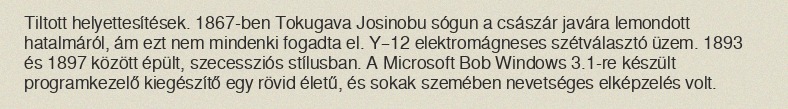
Tiltott helyettesítések. 1867-ben Tokugava Josinobu sógun a császár javára lemondott hatalmáról, ám ezt nem mindenki fogadta el. Y–12 elektromágneses szétválasztó üzem. 1893 és 1897 között épült, szecessziós stílusban. A Microsoft Bob Windows 3.1-re készült programkezelő kiegészítő egy rövid életű, és sokak szemében nevetséges elképzelés volt.